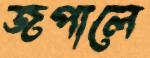
জপালে